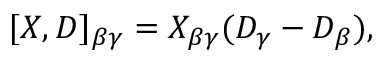
[ X , D ] _ { \beta \gamma } = X _ { \beta \gamma } ( D _ { \gamma } - D _ { \beta } ) ,